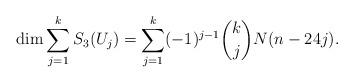
LaTeX: \begin{align*} \dim \sum_{j=1}^k S_3(U_j) = \sum_{j=1}^k (-1)^{j-1} \binom{k}{j} N(n-24j).\end{align*}